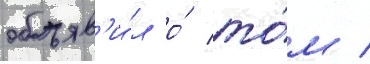
объяв'и́л о́ то́м /